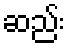
ဆည်း